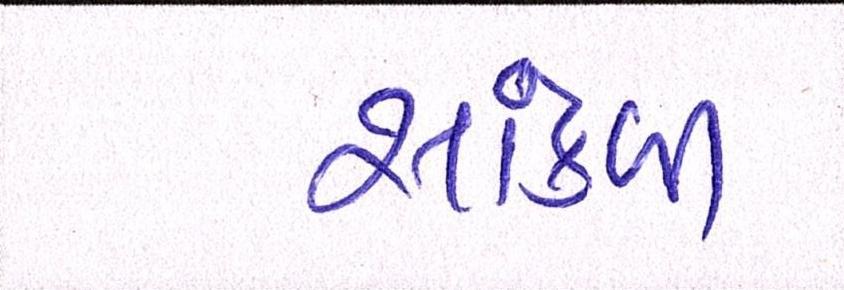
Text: સાંકળી